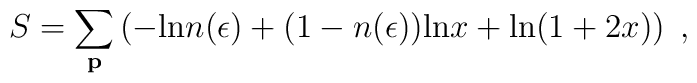
S = \sum_{\bf p}\left(-{\rm ln}n(\epsilon)+ (1-n(\epsilon)){\rm ln}x+{\rm ln}(1+2x)\right)\;,